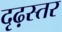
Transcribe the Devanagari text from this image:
दृढ़स्तर